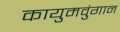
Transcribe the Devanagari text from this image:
कायुमवुंगान